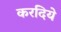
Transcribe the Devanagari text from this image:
करदिये